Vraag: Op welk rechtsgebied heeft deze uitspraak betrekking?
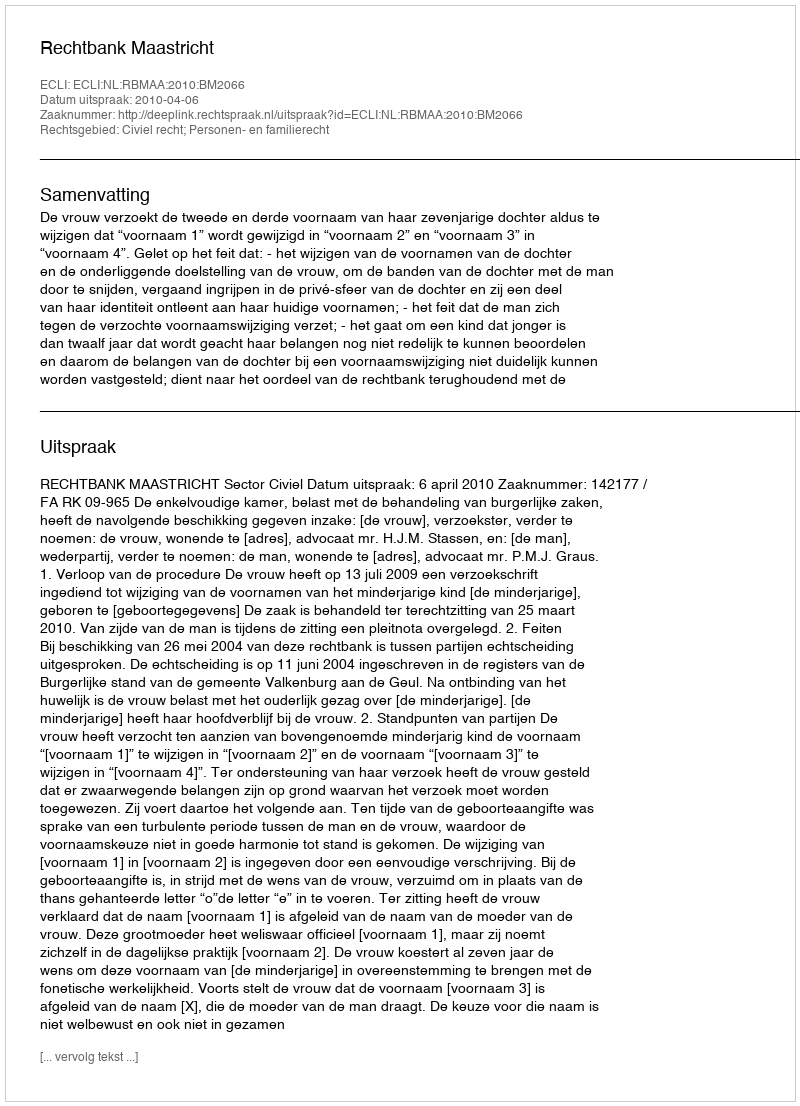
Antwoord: Civiel recht; Personen- en familierecht